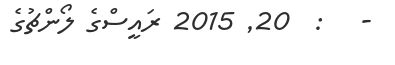
-   :  20